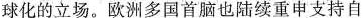
球化的立场。欧洲多国首脑也陆续重申支持自